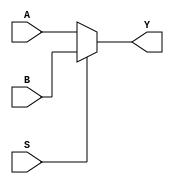
module mux2to1(A, B, S, Y);
  input [63:0] A;
  input [63:0] B;
  input S;
  output [63:0] Y;
  assign Y = S ? B : A;
endmodule